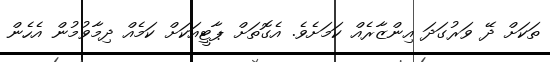
ތަކަށް ދޭ ވަރުގަދަ އިންޒާރެއް ކަމަށެވެ. އެގޮތަށް ޕާޓީއަކަށް ކަމެއް ދިމާވުމުން އެހެން